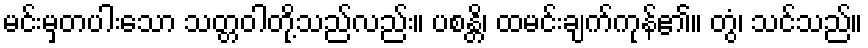
မင်းမှတပါးသော သတ္တဝါတို့သည်လည်း။ ပစန္တိ၊ ထမင်းချက်ကုန်၏။ တွံ၊ သင်သည်။